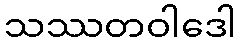
သဿတဝါဒေါ